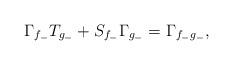
LaTeX: \begin{align*}\Gamma_{f_{-}}T_{g_{-}}+S_{f_{-}}{\Gamma_{g_{-}}}&=\Gamma_{f_{-}g_{-}},\\\end{align*}